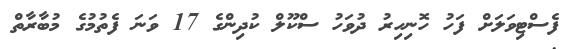
ފެސްޓިވަލަށް ފަހު ހޮނިހިރު ދުވަހު ސްކޫލް ކުދިންގެ 17 ވަނަ ފެތުމުގެ މުބާރާތް